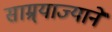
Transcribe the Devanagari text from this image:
साम्र्याज्याने